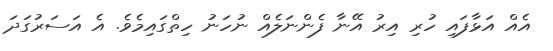
އެއް އަޅާފައި ހުރި އިރު އޭނާ ފެންނަލެއް ނުހަނު ހިތްގައިމެވެ. އެ އަސަރުގަދަ